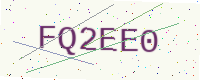
Text: FQ2EE0